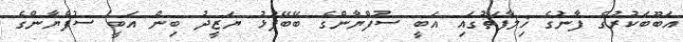
އަބޫބަކުރުގެ ފާނުގެ ޚިލާފަތުގައި އަބީ ސުފްޔާންގެ ބޭބޭފުޅު ޔަޒީދު ބިން އަބީ ސުފްޔާންގެ